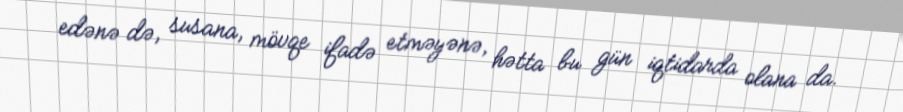
edənə də, susana, mövqe ifadə etməyənə, hətta bu gün iqtidarda olana da.